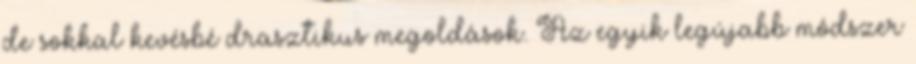
de sokkal kevésbé drasztikus megoldások. Az egyik legújabb módszer